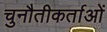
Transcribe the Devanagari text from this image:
चुनौतीकर्ताओं